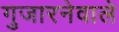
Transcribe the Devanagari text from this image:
गुजारनेवाले